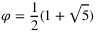
\varphi = { \frac { 1 } { 2 } } ( 1 + { \sqrt { 5 } } )